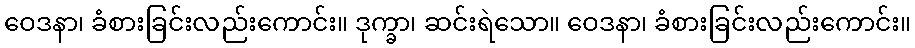
ဝေဒနာ၊ ခံစားခြင်းလည်းကောင်း။ ဒုက္ခာ၊ ဆင်းရဲသော။ ဝေဒနာ၊ ခံစားခြင်းလည်းကောင်း။